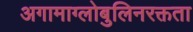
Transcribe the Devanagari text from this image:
अगामाग्लोबुलिनरक्तता